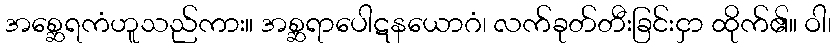
အစ္ဆေရကံဟူသည်ကား။ အစ္ဆရာပေါဋနယောဂံ၊ လက်ခုတ်တီးခြင်းငှာ ထိုက်၏။ ဝါ၊